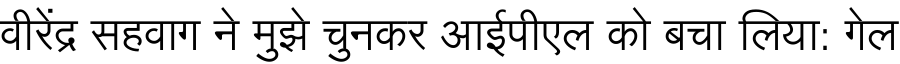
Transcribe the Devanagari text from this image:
वीरेंद्र सहवाग ने मुझे चुनकर आईपीएल को बचा लिया: गेल